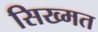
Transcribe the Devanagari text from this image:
सिख्मत